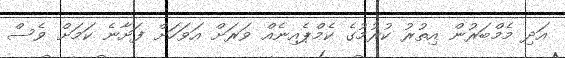
އަދި މެމްބަރުން އިތުރު ކުރުމުގެ ކެމްޕެއިނެއް ވަރަށް އަވަހަށް ފަށާނެ ކަމަށް ވެސް